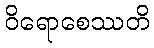
ဝိရောစေဿတိ